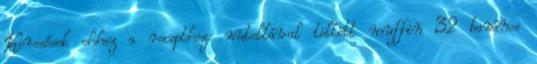
Keresések ehhez a recepthez: nutellával töltött muffin 32 banános